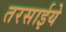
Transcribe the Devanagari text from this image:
तरसाईये